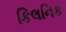
કિલનિક